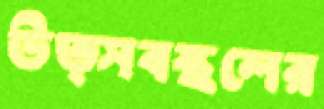
উত্সবস্থলের